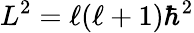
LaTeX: L^{2}=\ell(\ell+1)\hbar^{2}